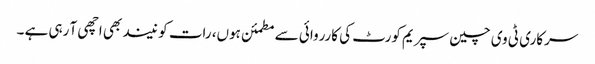
سرکاری ٹی وی چین سپریم کورٹ کی کارروائی سے مطمئن ہوں، رات کو نیند بھی اچھی آ رہی ہے ۔